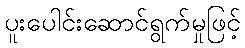
ပူးပေါင်းဆောင်ရွက်မှုဖြင့်